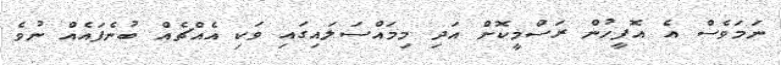
ނަމަަވެސް އެ އޮފީހުން ރަސްމީކޮށް އަދި މިމައްސަލައިގައި ވަކި އެއްޗެއް ބުނެފައެއް ނުވެ